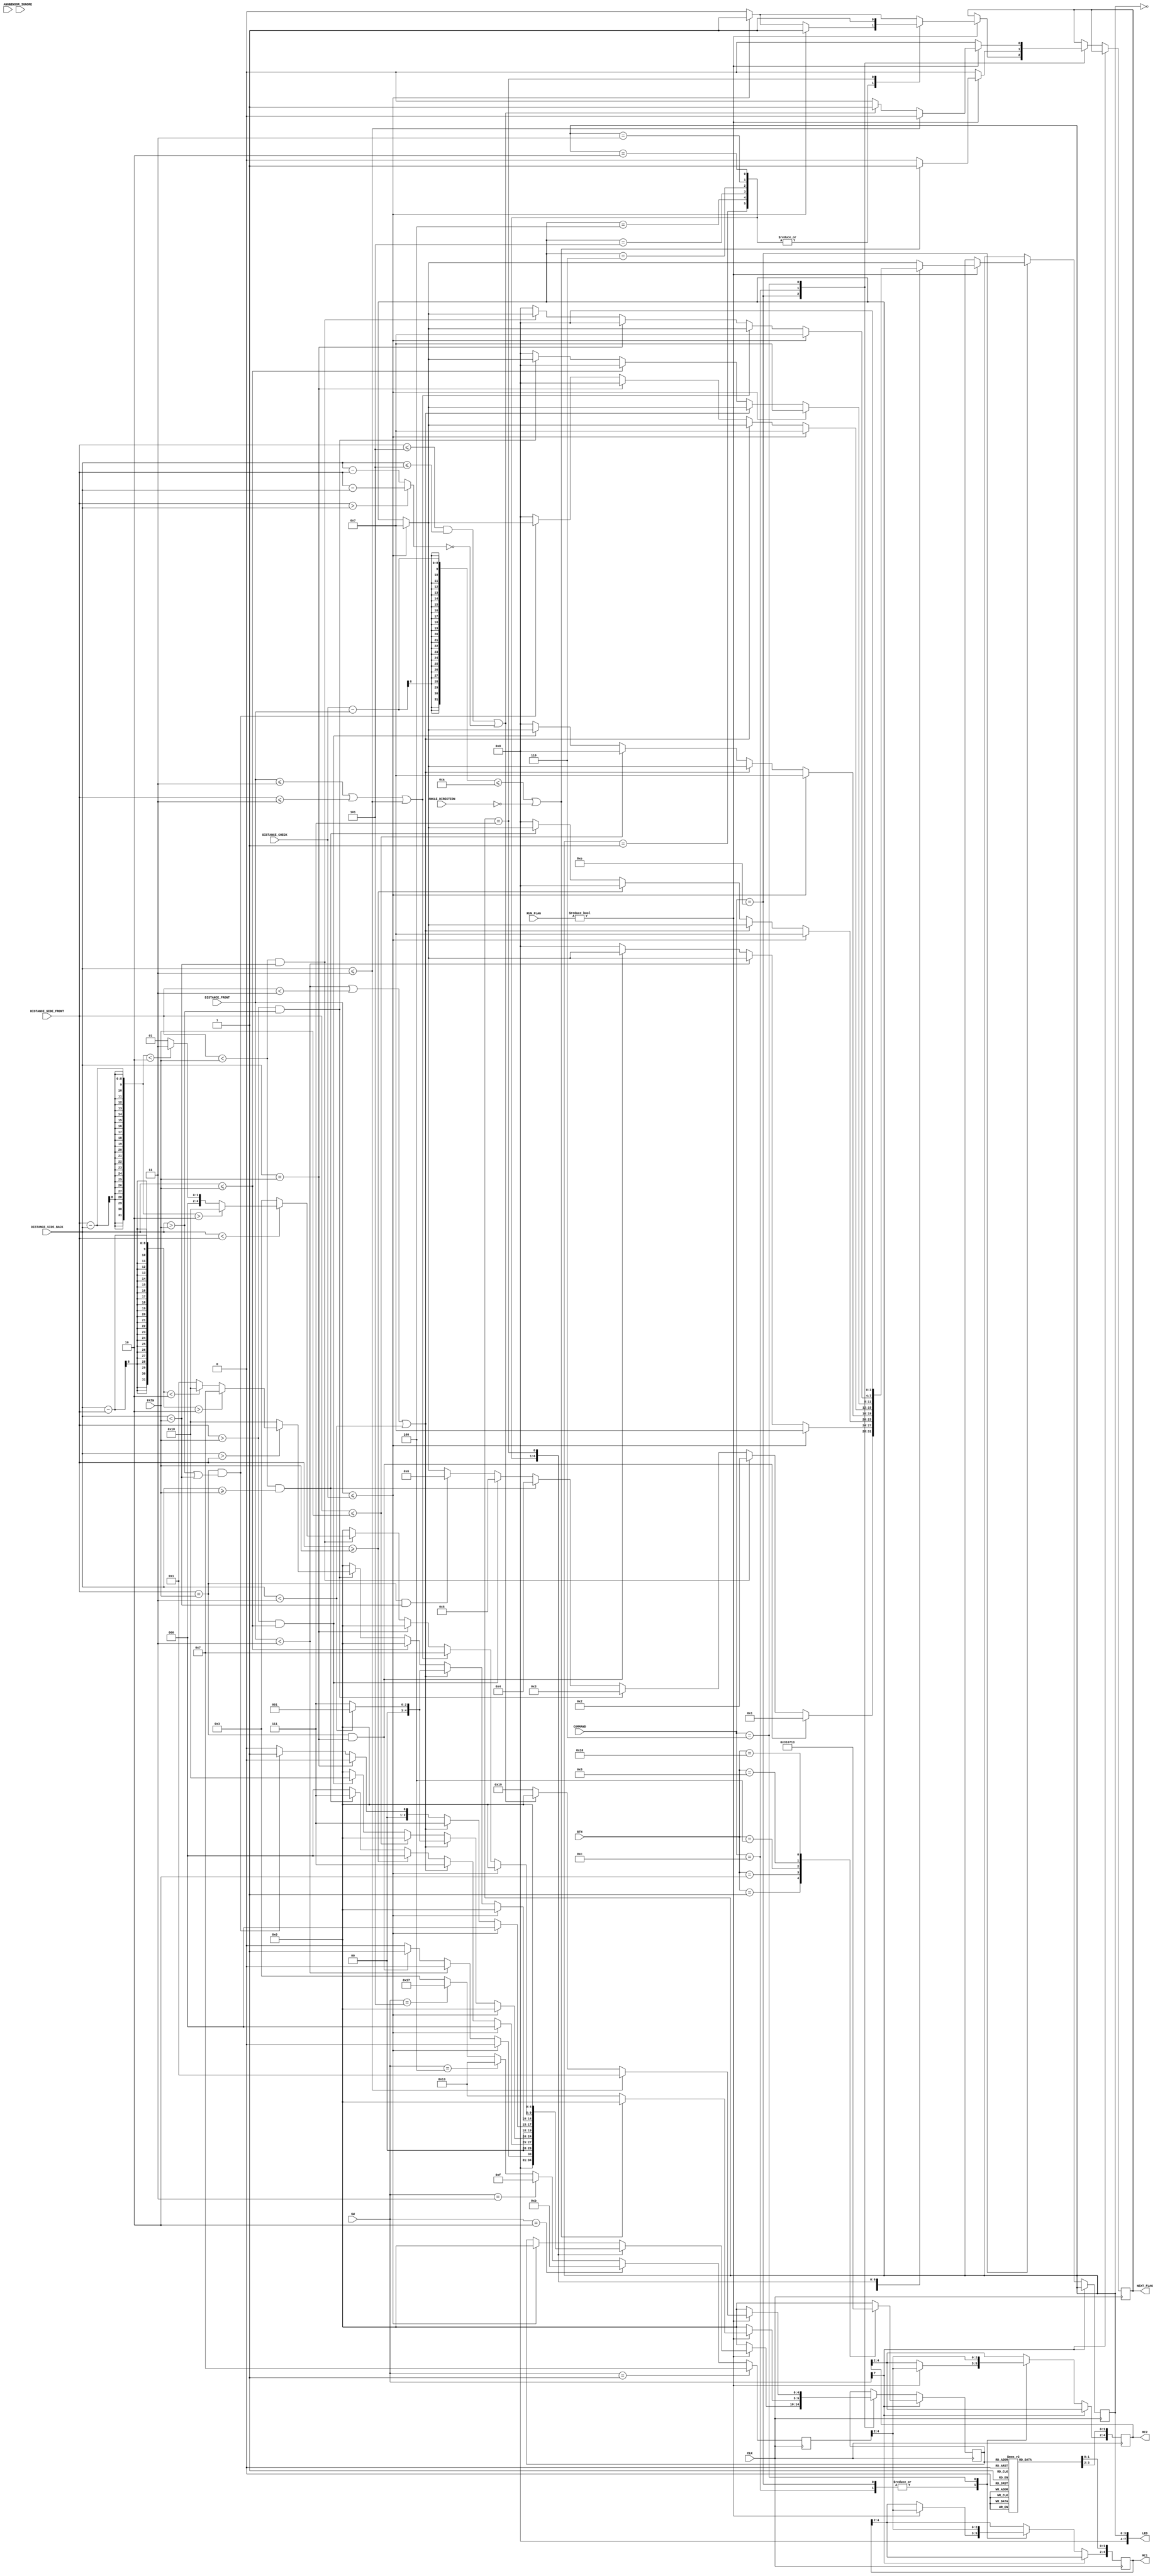
module direction_control(
		input CLK,
		input [7:0] SW,
		input [4:0] BTN,
		input [7:0] DISTANCE_FRONT,
		input [7:0] DISTANCE_SIDE_BACK,
		input [7:0] DISTANCE_SIDE_FRONT,
		input [7:0] ANGLE,
		input [1:0] ANGLE_DIRECTION,
		input [4:0] COMMAND,
		input [7:0] PATH,
		input [7:0] DISTANCE_CHECK,
		input SENSOR_IGNORE,
		output NEXT_FLAG,
		output reg [4:0] MC1, //Bits 1:0 control Direction, Bits 4:2 Control Power
		output reg [4:0] MC2,	 //Bits 1:0 control Direction, Bits 4:2 Control Power
		output [7:0] LED,
		input [1:0] RUN_FLAG
    );
	 
	wire [7:0] ALIGN_COMP;
	reg NEXT_FLAG;
	reg [4:0] DIR_STATE, PWM_STATE;
	reg [3:0] STATE;	
	
	//	Movement Parameters
	parameter [4:0] NEUTRAL = 			5'b 00000;
	parameter [4:0] FORWARD = 			5'b 00001;
	parameter [4:0] REVERSE = 			5'b 00010;
	parameter [4:0] FORWARD_RIGHT = 	5'b 00011;
	parameter [4:0] BACK_RIGHT = 		5'b 00111;
	parameter [4:0] FORWARD_LEFT = 	5'b 11000;
	parameter [4:0] BACK_LEFT = 		5'b 10000;
	parameter [4:0] R_360 = 			5'b 10011;
	parameter [4:0] L_360 = 			5'b 11001;
	 
	// Power Parameters
	parameter [4:0] BOTH_88 = 	5'b 11111;
	parameter [4:0] BOTH_75 = 	5'b 11011;
	parameter [4:0] BOTH_62 = 	5'b 10111;
	parameter [4:0] BOTH_50 = 	5'b 10011;
	parameter [4:0] BOTH_38 = 	5'b 01111;
	parameter [4:0] BOTH_25 = 	5'b 01011;
	parameter [4:0] BOTH_17 = 	5'b 00111;
	parameter [4:0] BOTH_13 = 	5'b 00011;
	
	
	//	Command Parameters
	parameter [4:0] NO_COMMAND 	= 5'b 01100;
	parameter [4:0] TURN_RIGHT 	= 5'b 01100;
	parameter [4:0] TURN_LEFT 		= 5'b 00110;
	parameter [4:0] STRAIGHT 		= 5'b 01110;
	parameter [4:0] ALIGN	 		= 5'b 00100;
	
	//	Phase Parameters
	parameter [1:0] RUN_INI = 2'b 00; //Initialization State
	parameter [1:0] RUN_EXC = 2'b 01; //Execution State
	parameter [1:0] RUN_COM = 2'b 10; //Completion State
	parameter [1:0] RUN_ERR = 2'b 11; //Error State
	
	
	// STATE Parameters
	parameter [2:0] UNDETERMINED 				= 3'b 000;
	parameter [2:0] BOTH_EQUAL 				= 3'b 001;
	parameter [2:0] BOTH_LESS	 				= 3'b 010;
	parameter [2:0] BOTH_GREATER 				= 3'b 011;
	parameter [2:0] F_LESS_B_EQUAL_GREATER = 3'b 100;
	parameter [2:0] F_GREATER_B_LESS_EQUAL = 3'b 101;
	parameter [2:0] F_EQUAL_B_NOT_EQUAL 	= 3'b 110;
	parameter [2:0] GOAL							= 3'b 111;
	
	initial begin
		STATE = UNDETERMINED;
		NEXT_FLAG = 0;
		
	end
	
	assign LED = STATE;
	assign ALIGN_COMP = (DISTANCE_SIDE_FRONT > DISTANCE_SIDE_BACK) ? DISTANCE_SIDE_FRONT-DISTANCE_SIDE_BACK : DISTANCE_SIDE_BACK-DISTANCE_SIDE_FRONT;
	
		
	always @(posedge CLK) begin		
		//Direction Control
		case(DIR_STATE) //MC1 is on right side, MC2 is on left side 
			NEUTRAL:begin //Neutral
							MC1[1:0] <= 2'b 01; //Neutral
							MC2[1:0] <= 2'b 01; //Neutral
						end
			FORWARD:begin //FORWARD
							MC1[1:0] <= 2'b 00; //Forward
							MC2[1:0] <= 2'b 00; //Forward
						end
			REVERSE:begin //REVERSE
							MC1[1:0] <= 2'b 10; //Reverse
							MC2[1:0] <= 2'b 10; //Reverse
						end
			FORWARD_RIGHT:begin //FORWARD RIGHT
							MC1[1:0] <= 2'b 01; //Neutral
							MC2[1:0] <= 2'b 00; //Forward
						end
			BACK_RIGHT:begin //BACKWARDS RIGHT
							MC1[1:0] <= 2'b 10; //Reverse
							MC2[1:0] <= 2'b 01; //Neutral
						end
			FORWARD_LEFT:begin //FORWARD LEFT
							MC1[1:0] <= 2'b 00; //Forward
							MC2[1:0] <= 2'b 01; //Neutral
						end
			BACK_LEFT:begin //BACKWARDS LEFT
							MC1[1:0] <= 2'b 01; //Neutral
							MC2[1:0] <= 2'b 10; //Reverse
						end
			R_360:begin //Right 360
						MC1[1:0] <= 2'b 10; //Reverse
						MC2[1:0] <= 2'b 00; //Forward
			end
			L_360:begin //Left 360
						MC1[1:0] <= 2'b 00; //Forward
						MC2[1:0] <= 2'b 10; //Reverse
			end
			default:begin //Default Neutral
							MC1[1:0] <= 2'b 01; //Neutral
							MC2[1:0] <= 2'b 01; //Neutral
						end
		endcase
		
//		//Power Control
//		if(PWM_STATE[1:0] == 2'b 11) begin //Both MC Receive Same Power
//			MC1[4:2] <= PWM_STATE[4:2];
//			MC2[4:2] <= PWM_STATE[4:2];
//		end else begin //Default Power for both MC 12.5%
//			MC1[4:2] <= 3'b 000;
//			MC2[4:2] <= 3'b 000;
//		end
		
		if (SW[7]) begin //Manual Mode
			case(BTN)
				1:DIR_STATE <= FORWARD_RIGHT;
				2:DIR_STATE <= REVERSE;
				4:DIR_STATE <= FORWARD;
				8:DIR_STATE <= FORWARD_LEFT;
				16:DIR_STATE <= R_360;
				default:DIR_STATE <= NEUTRAL;
			endcase
			
		end else begin 
				
			case(COMMAND)      
				STRAIGHT: 	begin
								if(RUN_FLAG)begin
									NEXT_FLAG <= 0;
									MC1[4:2] <= PWM_STATE[4:2];
									MC2[4:2] <= PWM_STATE[4:2];
									
									if(DISTANCE_FRONT <= DISTANCE_CHECK)begin
										DIR_STATE <= NEUTRAL;
										NEXT_FLAG <= 1;
										STATE <= GOAL;
									end
								
									case(STATE)
										UNDETERMINED:begin
												if((DISTANCE_SIDE_FRONT == PATH)&(DISTANCE_SIDE_BACK == PATH))begin
													STATE <= BOTH_EQUAL;
												end else if((DISTANCE_SIDE_FRONT < PATH)&(DISTANCE_SIDE_BACK < PATH))begin
													STATE <= BOTH_LESS;
												end else if((DISTANCE_SIDE_FRONT > PATH)&(DISTANCE_SIDE_BACK > PATH))begin
													STATE <= BOTH_GREATER;
												end else if((DISTANCE_SIDE_FRONT < PATH)&(DISTANCE_SIDE_BACK >= PATH))begin
													STATE <= F_LESS_B_EQUAL_GREATER;
												end else if((DISTANCE_SIDE_FRONT > PATH)&(DISTANCE_SIDE_BACK <= PATH))begin
													STATE <= F_GREATER_B_LESS_EQUAL;
												end else if((DISTANCE_SIDE_FRONT == PATH)&(DISTANCE_SIDE_BACK < PATH))begin
													STATE <= F_EQUAL_B_NOT_EQUAL;
												end
											end
										BOTH_EQUAL:	begin
												if(DISTANCE_FRONT <= DISTANCE_CHECK) begin
													DIR_STATE <= NEUTRAL;
													STATE <= GOAL;
													NEXT_FLAG <= 1;
												end else if(DISTANCE_FRONT < 3) begin
													DIR_STATE <= NEUTRAL;
												end else if((DISTANCE_SIDE_FRONT == PATH)&(DISTANCE_SIDE_BACK == PATH))begin
													DIR_STATE <= FORWARD;
												end else begin
													STATE <= UNDETERMINED;
													DIR_STATE <= NEUTRAL;
												end
											end
										F_LESS_B_EQUAL_GREATER:	begin
												if(DISTANCE_FRONT <= DISTANCE_CHECK) begin
													DIR_STATE <= NEUTRAL;
													STATE <= GOAL;
													NEXT_FLAG <= 1;
												end else if((DISTANCE_FRONT < 3)|(DISTANCE_SIDE_FRONT < 3)|(DISTANCE_SIDE_BACK < 3))begin
														DIR_STATE <= BACK_RIGHT;
												end else if(DISTANCE_SIDE_FRONT >= PATH)begin
													DIR_STATE <= NEUTRAL;
													STATE <= UNDETERMINED;
												end else if((DISTANCE_SIDE_FRONT < PATH)&(DISTANCE_SIDE_BACK >= PATH))begin
													DIR_STATE <= BACK_RIGHT;
												end else begin
													STATE <= UNDETERMINED;
													DIR_STATE <= NEUTRAL;
												end
											end
										F_GREATER_B_LESS_EQUAL:begin
												if(DISTANCE_FRONT <= DISTANCE_CHECK) begin
													DIR_STATE <= NEUTRAL;
													STATE <= GOAL;
													NEXT_FLAG <= 1;
												end else if((DISTANCE_FRONT < 3)|(DISTANCE_SIDE_FRONT < 3)|(DISTANCE_SIDE_BACK < 3))begin
													if(DISTANCE_SIDE_BACK < 3)
														DIR_STATE <= FORWARD;
													else
														DIR_STATE <= BACK_RIGHT;
												end else if(DISTANCE_SIDE_FRONT <= PATH)begin
													DIR_STATE <= NEUTRAL;
													STATE <= UNDETERMINED;
												end else if((DISTANCE_SIDE_FRONT > PATH)&(DISTANCE_SIDE_BACK <= PATH))begin
													DIR_STATE <= FORWARD_LEFT;
												end else begin
													STATE <= UNDETERMINED;
													DIR_STATE <= NEUTRAL;
												end										
											end
										F_EQUAL_B_NOT_EQUAL:	begin
												if(DISTANCE_FRONT <= DISTANCE_CHECK) begin
													DIR_STATE <= NEUTRAL;
													STATE <= GOAL;
													NEXT_FLAG <= 1;
												end else if((DISTANCE_FRONT < 3)|(DISTANCE_SIDE_FRONT < 3)|(DISTANCE_SIDE_BACK < 3))begin
													DIR_STATE <= BACK_RIGHT;
												end else if(DISTANCE_SIDE_BACK == PATH)begin
													STATE <= UNDETERMINED;
													DIR_STATE <= NEUTRAL;
												end else if ((DISTANCE_SIDE_FRONT == PATH)&((DISTANCE_SIDE_BACK > PATH)|(DISTANCE_SIDE_BACK < PATH)))begin
													DIR_STATE <= FORWARD;
												end else begin
													STATE <= UNDETERMINED;
													DIR_STATE <= NEUTRAL;
												end
											end
										BOTH_GREATER:	begin
												if(DISTANCE_FRONT <= DISTANCE_CHECK) begin
													DIR_STATE <= NEUTRAL;
													STATE <= GOAL;
													NEXT_FLAG <= 1;
												end else if((DISTANCE_FRONT < 3)|(DISTANCE_SIDE_FRONT < 3)|(DISTANCE_SIDE_BACK < 3))begin
													if(DISTANCE_SIDE_BACK < 3)
														DIR_STATE <= FORWARD;
													else
														DIR_STATE <= BACK_RIGHT;
												end else if(DISTANCE_SIDE_BACK <= PATH)begin
													STATE <= UNDETERMINED;
													DIR_STATE <= NEUTRAL;
												end else if((DISTANCE_SIDE_FRONT > PATH)&(DISTANCE_SIDE_BACK > PATH))begin
													if(DISTANCE_SIDE_BACK > DISTANCE_SIDE_FRONT)begin
														if((DISTANCE_SIDE_BACK-DISTANCE_SIDE_FRONT) > 2)begin
															DIR_STATE <= BACK_RIGHT;
														end else if((DISTANCE_SIDE_BACK-DISTANCE_SIDE_FRONT) < 2)begin
															DIR_STATE <= FORWARD_LEFT;
														end else
															DIR_STATE <= FORWARD;
													end else
														DIR_STATE <= FORWARD_LEFT;	
												end else begin
													STATE <= UNDETERMINED;
													DIR_STATE <= NEUTRAL; 
												end
											end
										BOTH_LESS: begin
												if(DISTANCE_FRONT <= DISTANCE_CHECK) begin
													DIR_STATE <= NEUTRAL;
													STATE <= GOAL;
													NEXT_FLAG <= 1;
												end else if((DISTANCE_FRONT <= 3)|(DISTANCE_SIDE_FRONT <= 3)|(DISTANCE_SIDE_BACK <= 3))begin
													DIR_STATE <= BACK_RIGHT;
												end else if(DISTANCE_SIDE_BACK == PATH)begin
													STATE <= UNDETERMINED;
													DIR_STATE <= NEUTRAL;
												end else if((DISTANCE_SIDE_FRONT < PATH)&(DISTANCE_SIDE_BACK < PATH))begin
													if(DISTANCE_SIDE_BACK < DISTANCE_SIDE_FRONT)begin
														if((DISTANCE_SIDE_FRONT-DISTANCE_SIDE_BACK) > 2)begin
															DIR_STATE <= FORWARD_LEFT;
														end else if((DISTANCE_SIDE_FRONT-DISTANCE_SIDE_BACK) < 2)begin
															DIR_STATE <= FORWARD_RIGHT;
														end else
															DIR_STATE <= FORWARD;
													end else
														DIR_STATE <= FORWARD_RIGHT;	
												end else begin
													STATE <= UNDETERMINED;
													DIR_STATE <= NEUTRAL; 
												end
											end
										GOAL: begin
												STATE <= UNDETERMINED;
												DIR_STATE <= NEUTRAL; 
												NEXT_FLAG <= 1;
											end
									endcase
								end else begin
									DIR_STATE <= NEUTRAL;
								end
							end			
				TURN_RIGHT:	begin
								NEXT_FLAG <= 0;
								if(RUN_FLAG)begin
									MC1[4:2] <= PWM_STATE[4:2];
									MC2[4:2] <= PWM_STATE[4:2];
									if(((DISTANCE_CHECK-DISTANCE_FRONT) <= 10)|(ANGLE_DIRECTION == 0))begin
										DIR_STATE <= NEUTRAL;
										NEXT_FLAG <= 1;
									end else begin
										DIR_STATE <= R_360;
									end 
								end else begin
									DIR_STATE <= NEUTRAL;
								end
							end
				TURN_LEFT:	begin
								NEXT_FLAG <= 0;
								MC1[4:2] <= PWM_STATE[4:2];
								MC2[4:2] <= PWM_STATE[4:2];
								if(RUN_FLAG)begin
									if(DISTANCE_SIDE_BACK <= 3)begin
										DIR_STATE <= FORWARD;
									end else if(((DISTANCE_SIDE_FRONT <= 5) &(DISTANCE_SIDE_BACK <= 5))|(ALIGN_COMP ==0))begin
										DIR_STATE <= NEUTRAL;
										NEXT_FLAG <= 1;
									end else begin
										DIR_STATE <= L_360;
									end 					
								end else begin
									DIR_STATE <= NEUTRAL;
								end
							end
				NO_COMMAND:	begin
								DIR_STATE <= NEUTRAL;
							end
			endcase
				
		end	
		
		if(SW == 1) //Power setting 
			PWM_STATE <= BOTH_17;
		else if(SW == 2)
			PWM_STATE <= BOTH_25;
		else if(SW == 3)
			PWM_STATE <= BOTH_38;
		else if(SW == 4)
			PWM_STATE <= BOTH_50;
		else if(SW == 5)
			PWM_STATE <= BOTH_62;
		else
			PWM_STATE <= BOTH_13;	
				
		
				
	end

endmodule